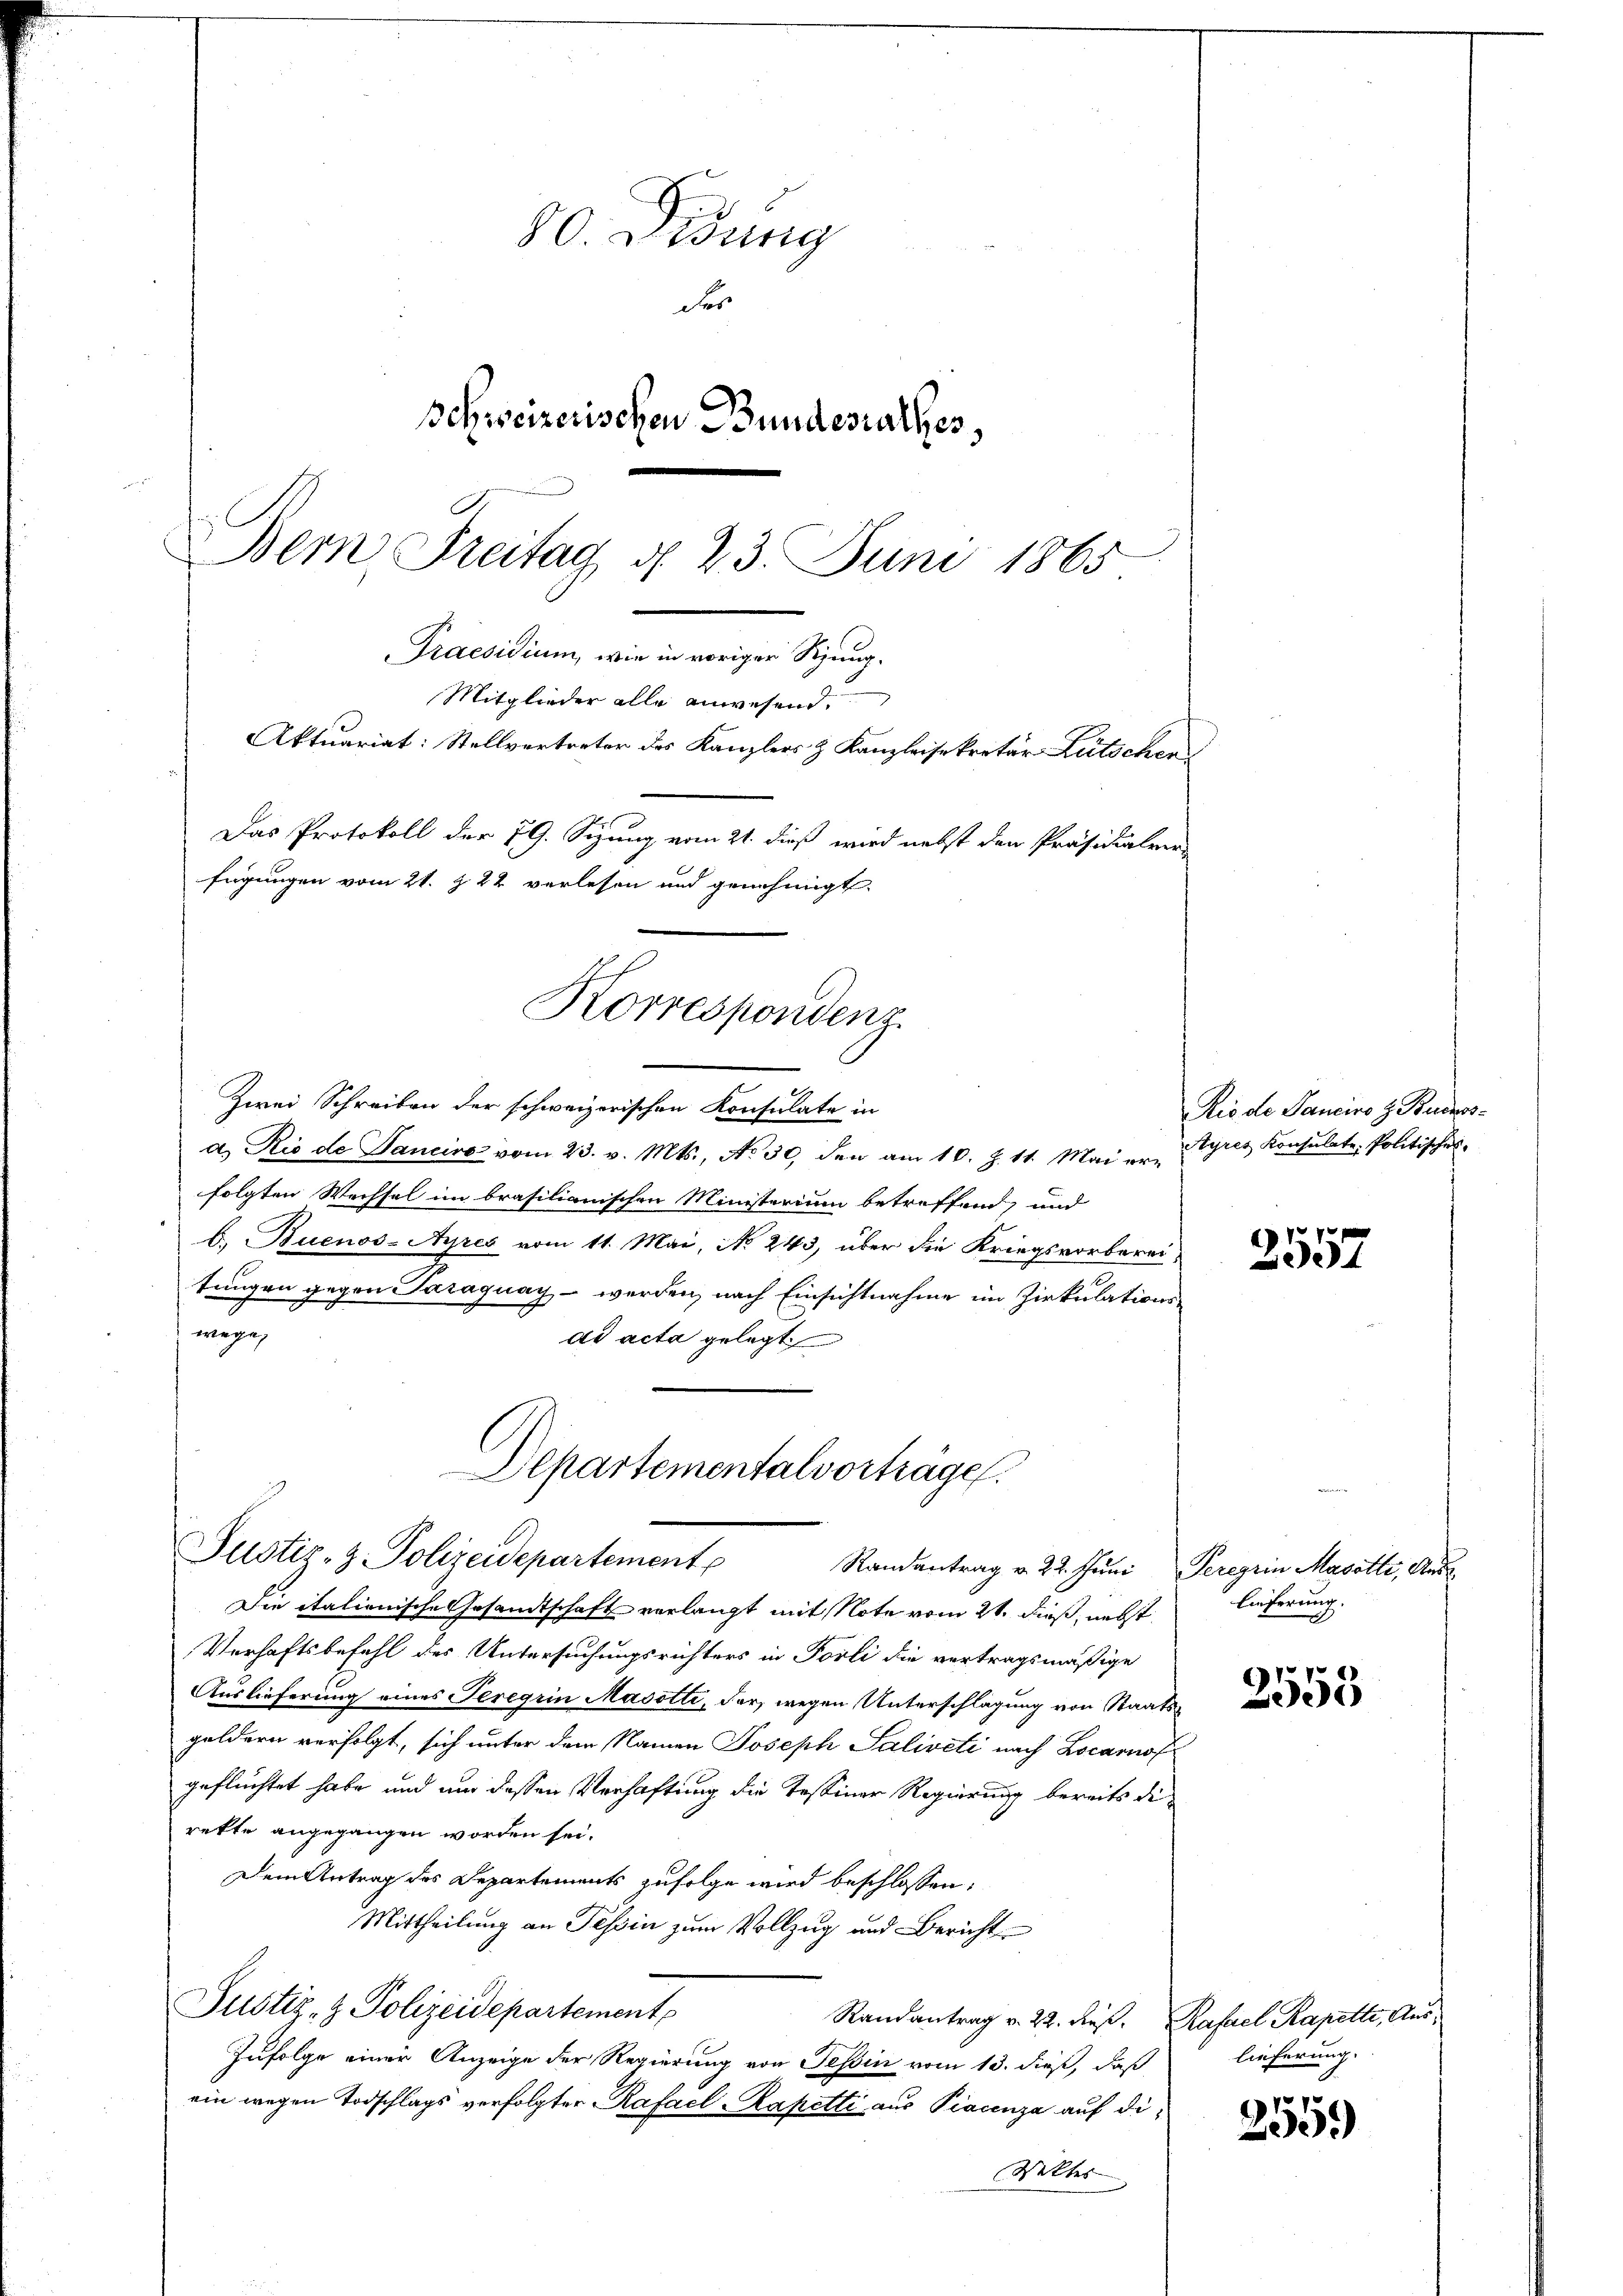
80. Didung
der
Schweizerischen Bundesrathes,
J.
Bern Freitag d. 23. Juni 1865

Praesidium, wie in voriger Sizung.
Mitglieder alle anwesend.
Aktuariat: Stellvertreter des Kanzlers & Kanzleisekretär Lütschen
Das Protokoll der 79. Sizung vom 21. dieß wird nebst den Präsidialver
fügungen vom 21. Z. 22 verlesen und genehmigt.
Korrespondenz.
Zwei Schreiben der schweizerischen Konsulate in

a. Rio de Sancire vom 23. v. Mts., No 30, den am 10. Z. 11. Mai er Syres Konsulate, Politisches
folgten Wechsel im brasilianischen Ministerium betreffend, und
b. Buenos-Ayres vom 11. Mai, No 243, über die Kriegsvorbereitungen gegen Paraguay - werden, nach Einsichtnahme im Zirkulationswege,
ad acta gelegt

Departementalvorträge.
Justiz- & Polizeidepartement
Randantrag v. 22. Juni Peregrin Masotli, Aus¬

Die italienische Gesandtschaft verlangt mit Note vom 21. dieß, nebst
Verhaftsbefehl des Untersuchungsrichters in Forti die vertragsmäßige
Auslieferung eines Teregrin Masotte, der, wegen Unterschlagung von Staatsguldern verfolgt, sich unter dem Namen Joseph Saliveti nach Locarnof
geflüchtet habe und und dessen Verhaftung die Tessiner Regierung bereits di
rekte angegangen worden sei.
Dem Antrag des Departements zufolge wird beschlossen:
Mittheilung an Tessin zum Vollzug und Bericht
Justiz- & Polizeidepartement
Randantrag v. 22. dieß. Rafael Kapette, Aus¬
Zufolge einer Anzeige der Regierung von Tessin vom 13. dieß, daß
ein wegen Todschlags verfolgter Rafael Kapetti aus Piecenza auf di¬
Sektes

Rio de Sanciro z. Buenos-

1
ee

lieferung.

2555

lieferung.

255.)